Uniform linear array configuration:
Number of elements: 48
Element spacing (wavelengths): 0.5
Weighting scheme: hann
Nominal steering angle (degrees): -30
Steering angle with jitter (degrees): -30.19
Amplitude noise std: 0.05
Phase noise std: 0.05

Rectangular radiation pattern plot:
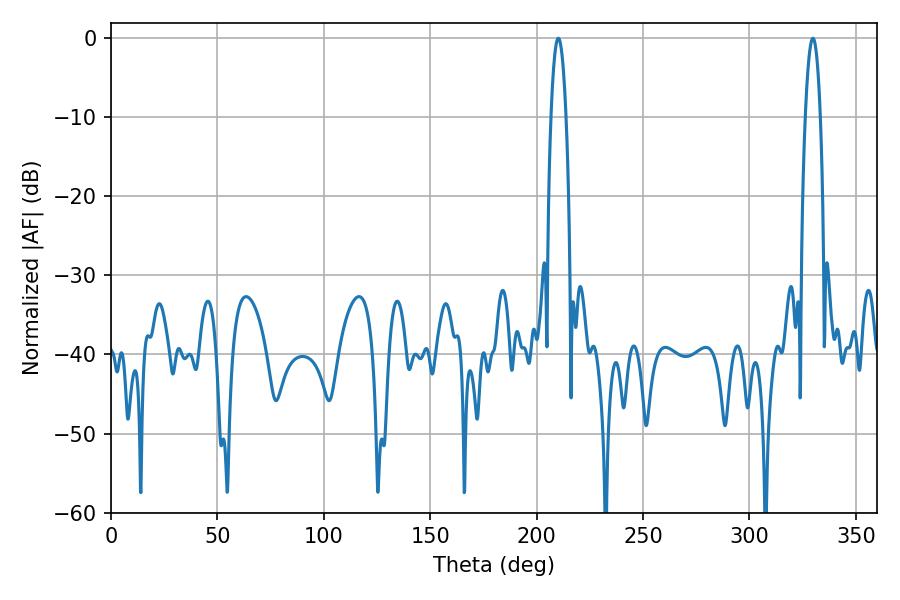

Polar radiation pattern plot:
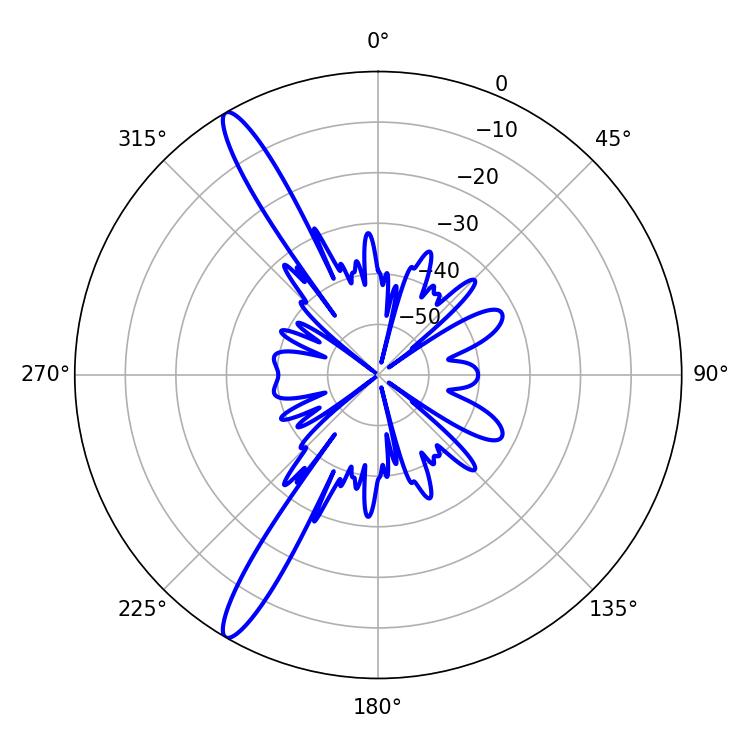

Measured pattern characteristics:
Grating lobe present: FALSE
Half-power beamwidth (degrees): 3.96
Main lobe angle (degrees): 210.24